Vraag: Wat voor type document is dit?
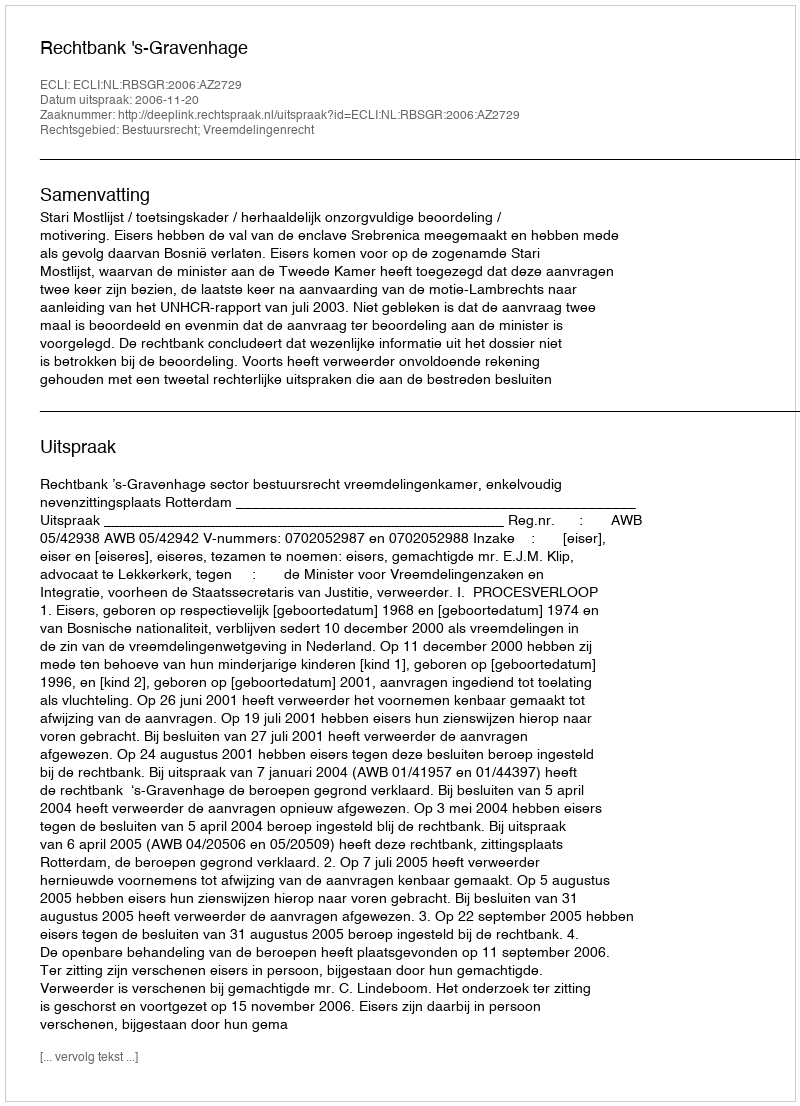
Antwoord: Uitspraak